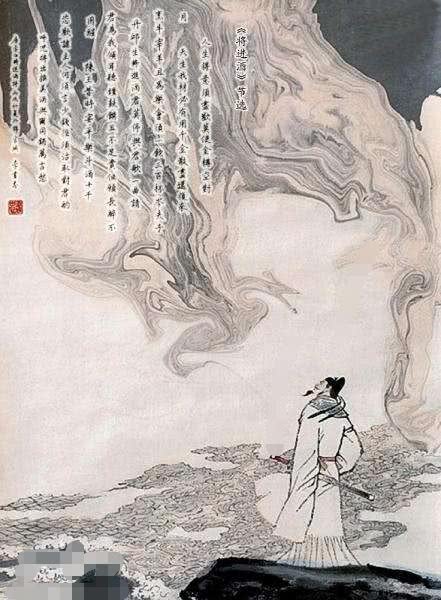
胡沙没马足，朔风裂人肤。